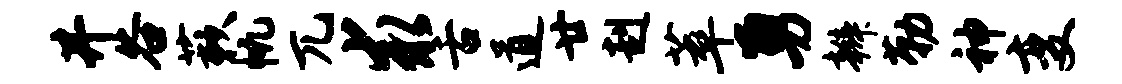
井谷蔌帆兀求舌道廿赳萃勇辫勒神变